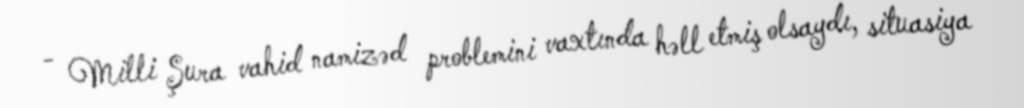
- Milli Şura vahid namizəd problemini vaxtında həll etmiş olsaydı, situasiya